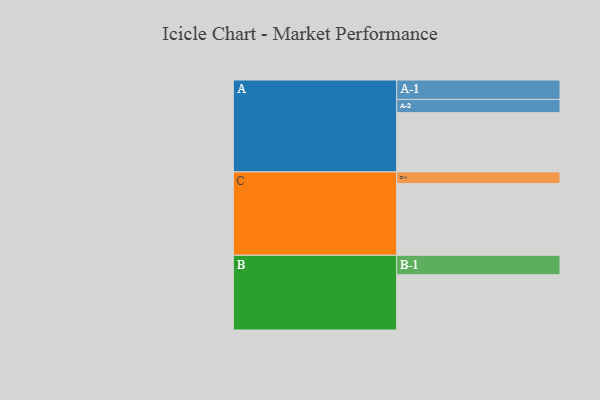
{"axis": {"x": "Segment", "y": "Value"}, "legend": ["", "A", "B", "C"], "data": [{"x": "A", "y": 479, "type": ""}, {"x": "B", "y": 447, "type": ""}, {"x": "C", "y": 580, "type": ""}, {"x": "A-1", "y": 157, "type": "A"}, {"x": "A-2", "y": 107, "type": "A"}, {"x": "B-1", "y": 157, "type": "B"}, {"x": "C-1", "y": 94, "type": "C"}]}